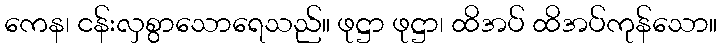
ကေန၊ ငန်းလှစွာသောရေသည်။ ဖုဋ္ဌာ ဖုဋ္ဌာ၊ ထိအပ် ထိအပ်ကုန်သော။